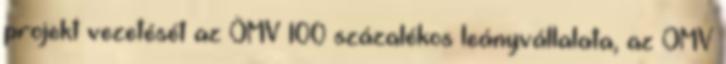
projekt vezetését az ÖMV 100 százalékos leányvállalata, az OMV